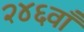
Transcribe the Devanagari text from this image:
२४६वाँ